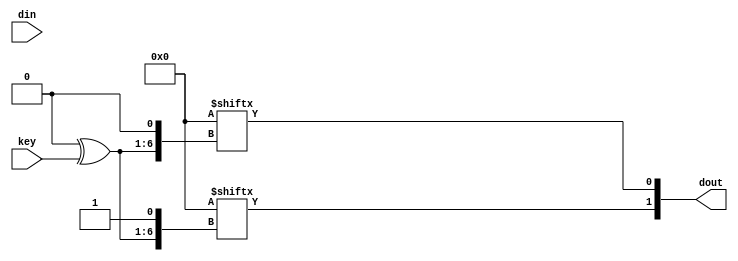
/*  This file is part of JTCORES1.
    JTCORES1 program is distributed in the hope that it will be useful,
    but WITHOUT ANY WARRANTY; without even the implied warranty of
    MERCHANTABILITY or FITNESS FOR A PARTICULAR PURPOSE.  See the
    GNU General Public License for more details.

    You should have received a copy of the GNU General Public License
    along with JTCORES1.  If not, see <http://www.gnu.org/licenses/>.

    Author: Jose Tejada Gomez. Twitter: @topapate
    Version: 1.0
    Date: 16-2-2021 */

module jtcps2_sbox(
    input  [ 7:0] din,
    input  [ 5:0] key,
    output [ 1:0] dout
);

parameter [127:0] LUT=128'd0;
parameter [ 17:0] LOC=24'd0;
parameter [  5:0] OK=6'd0;

wire [5:0] dex;
wire [5:0] addr;

generate
    genvar aux;
    for( aux=0; aux<6; aux=aux+1 ) begin : mux
        if( OK[aux] )
            assign dex[aux] = din[ LOC[ 3*(aux+1)-1:3*aux ] ];
        else
            assign dex[aux] = 0;
    end
endgenerate

assign addr = dex ^ key;
assign dout = { LUT[{addr,1'b1}], LUT[{addr,1'b0}] };

endmodule